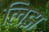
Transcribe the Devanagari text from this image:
लिझ